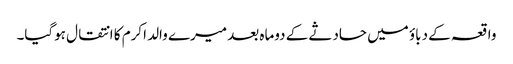
واقعہ کے دباؤ میں حادثے کے دوماہ بعد میرے والد اکرم کا انتقال ہوگیا۔